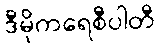
ဒီမိုကရေစီပါတီ